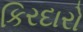
કિરદારો